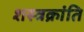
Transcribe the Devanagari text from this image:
शस्त्रक्रांति